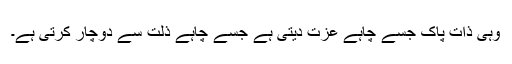
وہی ذات پاک جسے چاہے عزت دیتی ہے جسے چاہے ذلت سے دوچار کرتی ہے۔